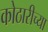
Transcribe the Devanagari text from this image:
कोठारीच्या